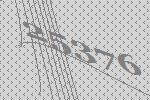
25376